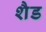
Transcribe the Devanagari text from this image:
शैड